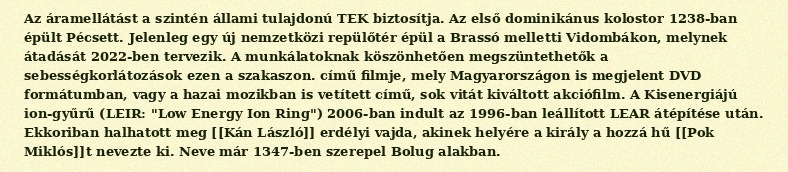
Az áramellátást a szintén állami tulajdonú TEK biztosítja. Az első dominikánus kolostor 1238-ban épült Pécsett. Jelenleg egy új nemzetközi repülőtér épül a Brassó melletti Vidombákon, melynek átadását 2022-ben tervezik. A munkálatoknak köszönhetően megszüntethetők a sebességkorlátozások ezen a szakaszon. című filmje, mely Magyarországon is megjelent DVD formátumban, vagy a hazai mozikban is vetített című, sok vitát kiváltott akciófilm. A Kisenergiájú ion-gyűrű (LEIR: "Low Energy Ion Ring") 2006-ban indult az 1996-ban leállított LEAR átépítése után. Ekkoriban halhatott meg [[Kán László]] erdélyi vajda, akinek helyére a király a hozzá hű [[Pok Miklós]]t nevezte ki. Neve már 1347-ben szerepel Bolug alakban.